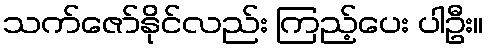
သက်ဇော်နိုင်လည်း ကြည့်ပေး ပါဦး။